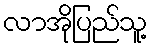
လာအိုပြည်သူ့